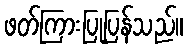
ဖတ်ကြားပြုပြန်သည်။